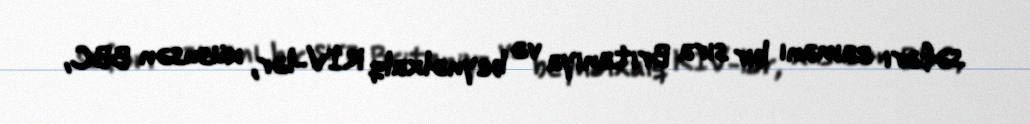
səfəri zamanı bir sıra Britaniya və beynəlxalq KİV-lər, xüsusən BBC,